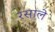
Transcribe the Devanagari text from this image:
रसाले